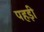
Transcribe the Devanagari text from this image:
पहड़ी